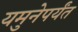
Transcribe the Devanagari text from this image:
यमुनेपर्यंत